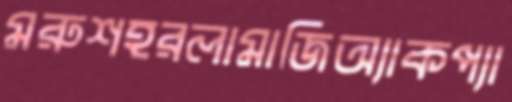
মরুশহরলামাজিঅ্যাকপ্যা